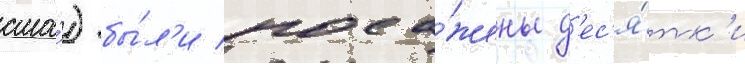
сша́) бы́л'и поса́жены д'ес'я́тк'и